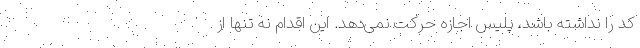
کد را نداشته باشد، پلیس اجازه حرکت نمی‌دهد. این اقدام نه تنها از